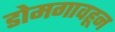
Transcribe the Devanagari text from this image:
डोमगावहून